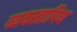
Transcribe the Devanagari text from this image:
व्यवस्तापिथ